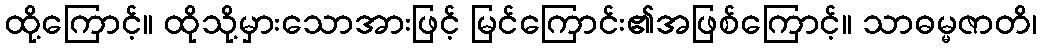
ထို့ကြောင့်။ ထိုသို့မှားသောအားဖြင့် မြင်ကြောင်း၏အဖြစ်ကြောင့်။ သာဓမ္မဇာတိ၊